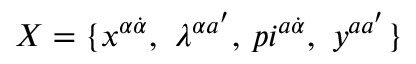
X = \{ x ^ { \alpha \dot { \alpha } } , \ \lambda ^ { \alpha a ^ { \prime } } , \, p i ^ { a \dot { \alpha } } , \ y ^ { a a ^ { \prime } } \}